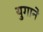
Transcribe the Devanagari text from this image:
युगाने